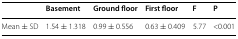
<table><thead><tr><td></td><td><b>Basement</b></td><td><b>Ground floor</b></td><td><b>First floor</b></td><td><b>F</b></td><td><b>P</b></td></tr></thead><tbody><tr><td>Mean ± SD</td><td>1.54 ± 1.318</td><td>0.99 ± 0.556</td><td>0.63 ± 0.409</td><td>5.77</td><td>&lt;0.001</td></tr></tbody></table>